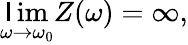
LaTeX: \operatorname*{\mathsf{l}im}_{\omega\to\omega_{0}}Z(\omega)=\infty,